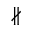
\nparallel